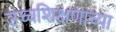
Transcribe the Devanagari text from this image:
उच्चशिक्षणाच्या